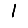
Digit: 1